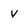
Character: v